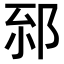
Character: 𨚸